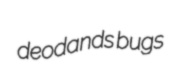
deodands bugs